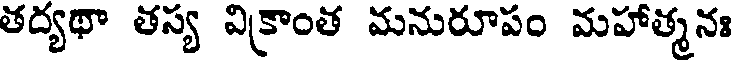
తద్యథా తస్య విక్రాంత మనురూపం మహాత్మనః